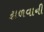
ઢાળવાની